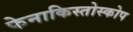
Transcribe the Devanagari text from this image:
फेनाकिस्तोस्कोप